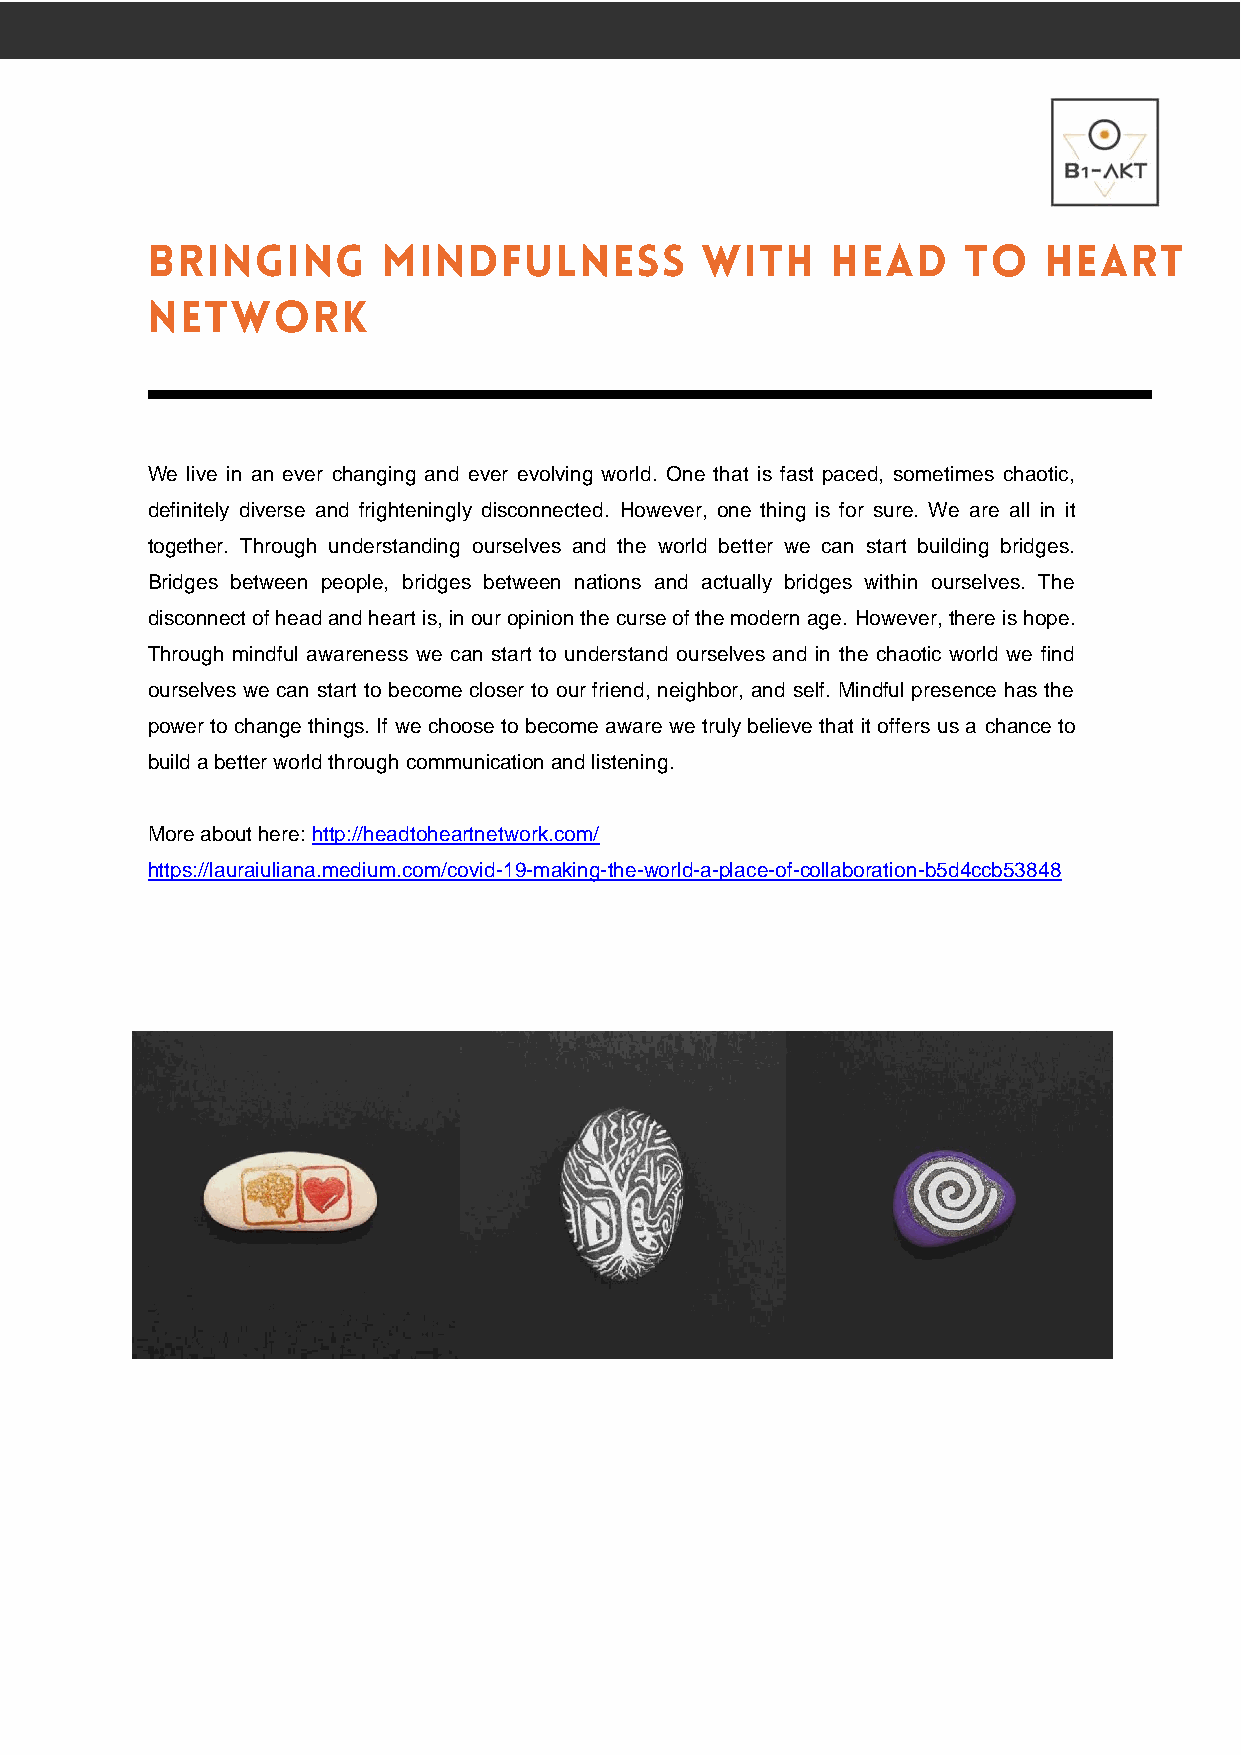
We live in an ever changing and ever evolving world. One that is fast paced, sometimes chaotic,
 definitely diverse and frighteningly disconnected. However, one thing is for sure. We are all in it
 together. Through understanding ourselves and the world better we can start building bridges.
 Bridges between people, bridges between nations and actually bridges within ourselves. The
 disconnect of head and heart is, in our opinion the curse of the modern age. However, there is hope.
 Through mindful awareness we can start to understand ourselves and in the chaotic world we find
 ourselves we can start to become closer to our friend, neighbor, and self. Mindful presence has the
 power to change things. If we choose to become aware we truly believe that it offers us a chance to
 build a better world through communication and listening.
 More about here: http://headtoheartnetwork.com/
 https://lauraiuliana.medium.com/covid-19-making-the-world-a-place-of-collaboration-b5d4ccb53848